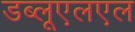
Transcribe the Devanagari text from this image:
डब्लूएलएल